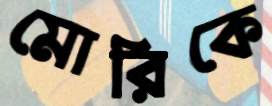
মোরিকে